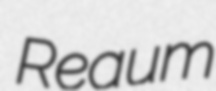
Reaum